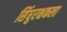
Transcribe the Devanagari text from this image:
सिंधुरक्षकला